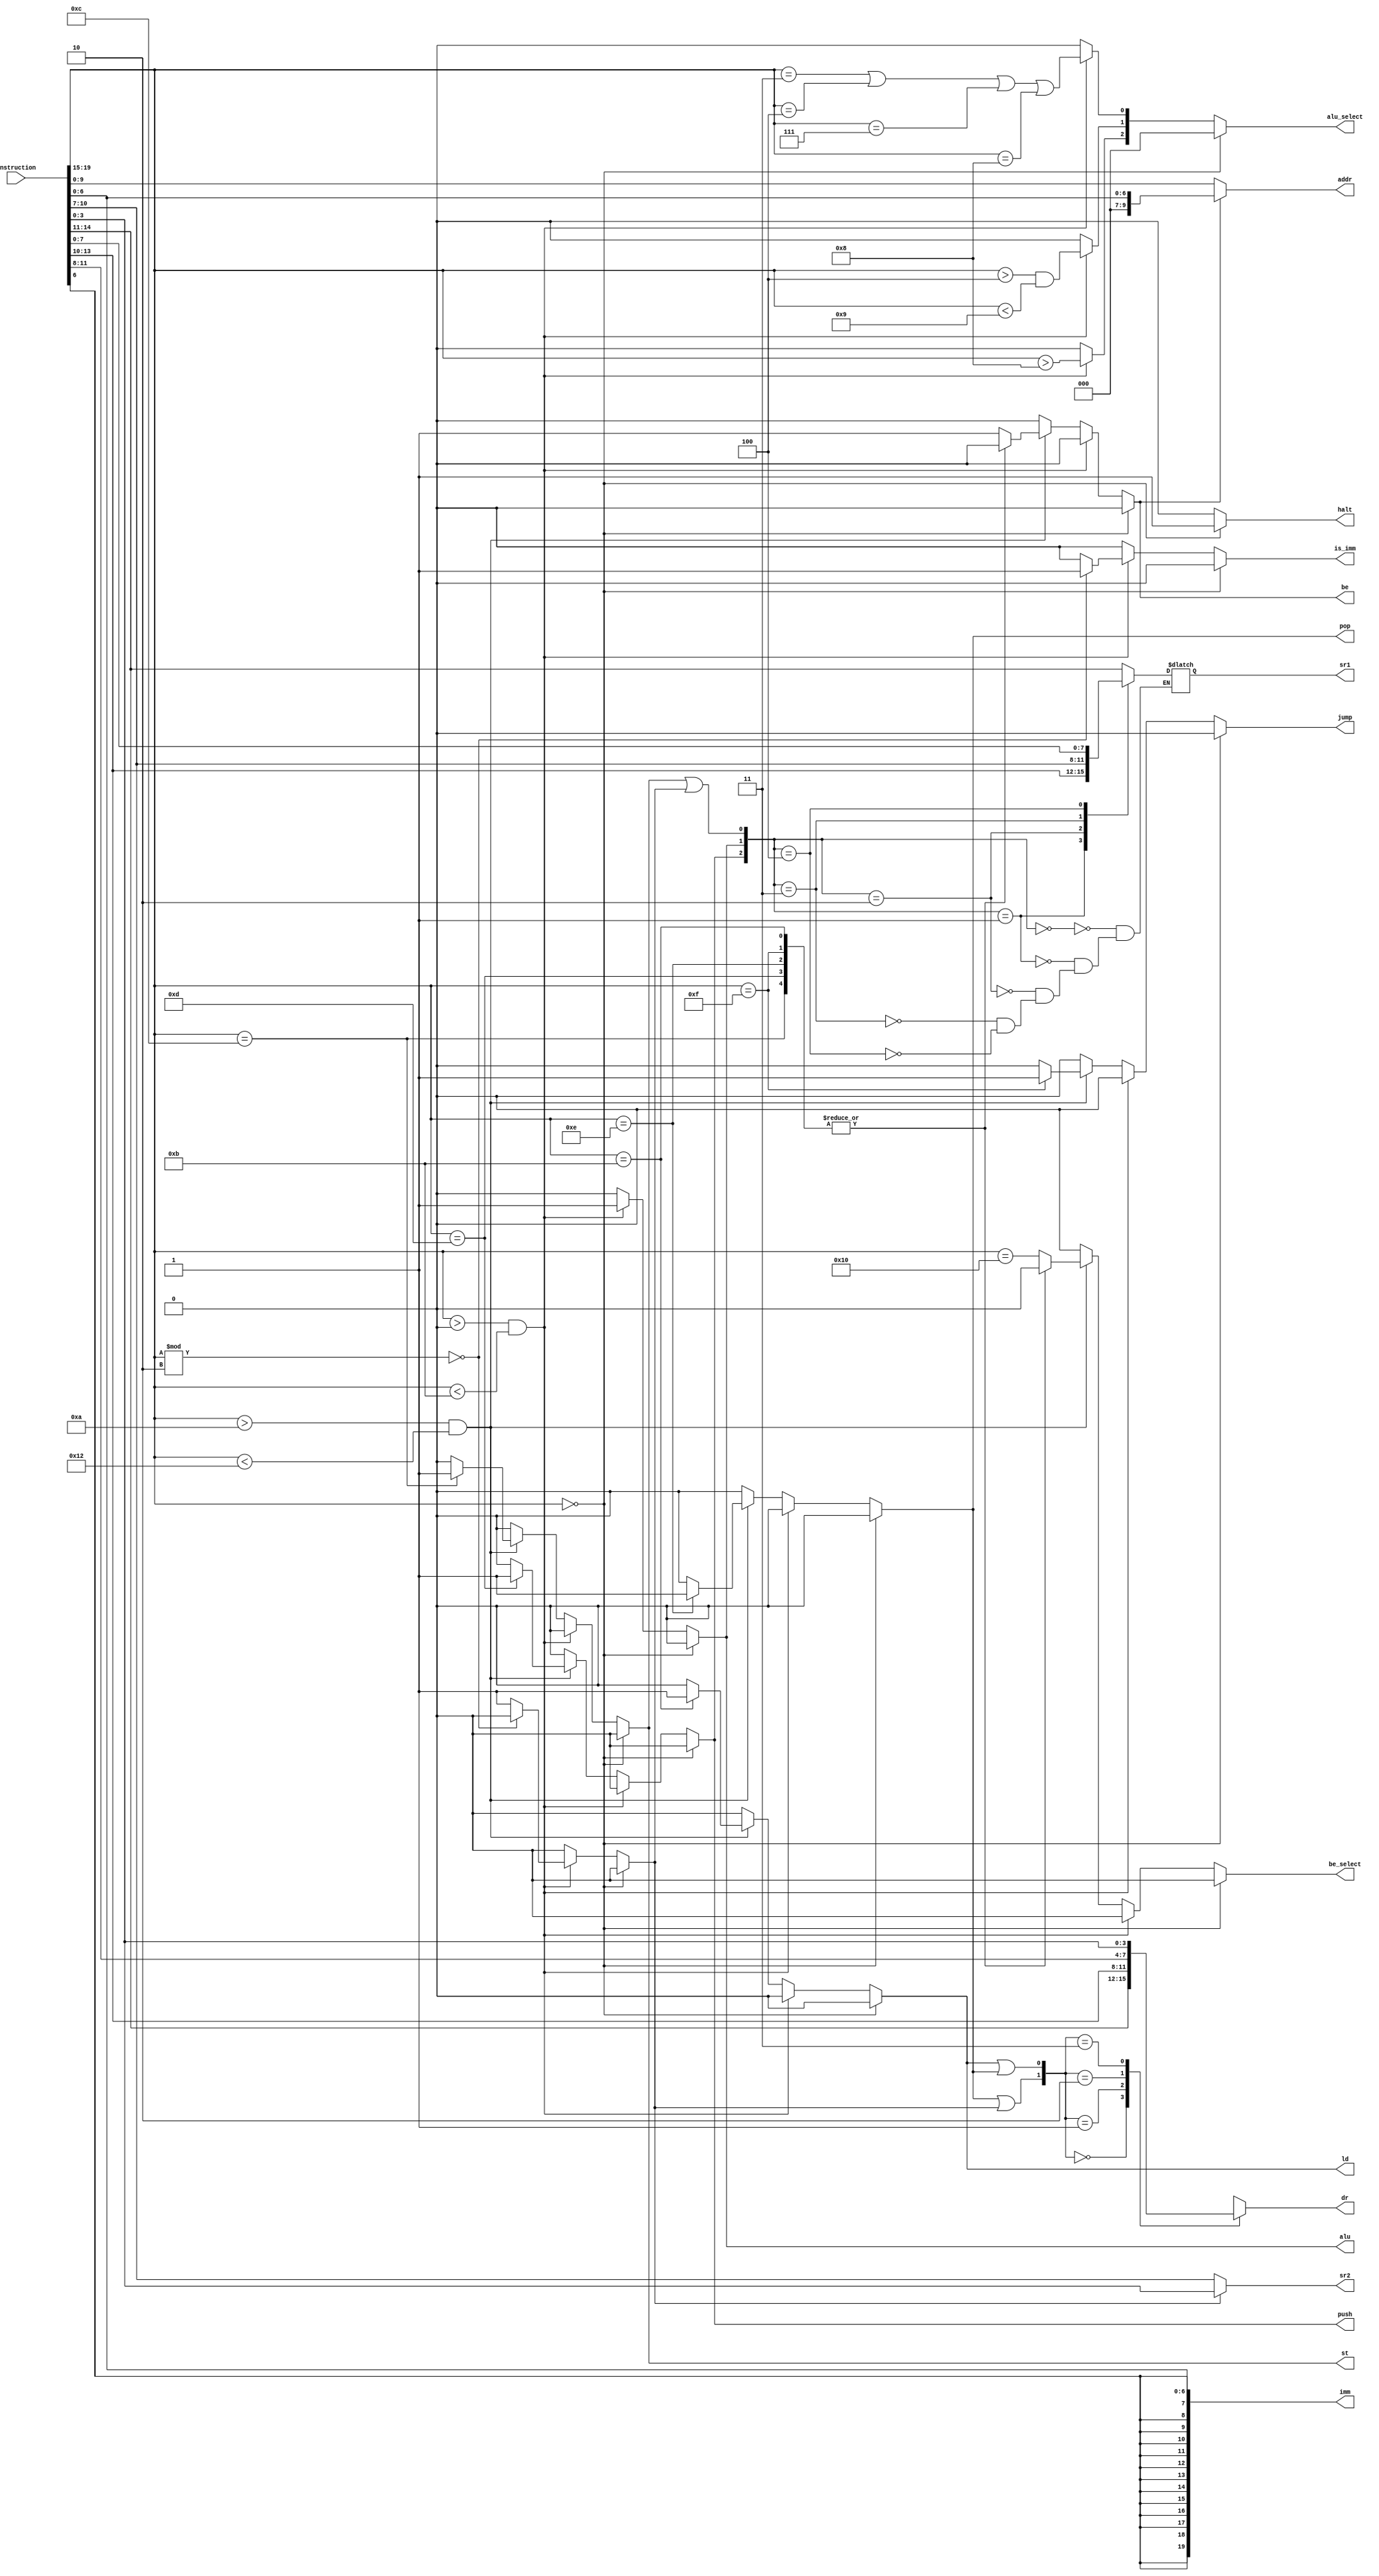
module instruction_decoder(
    input [19:0] instruction,
    output reg [2:0] alu_select,
    output reg alu, is_imm, ld, st, push, pop, jump, be, be_select, halt,
    output reg [3:0] dr, sr1, sr2,
    output reg [19:0] imm,
    output reg [9:0] addr);

    wire [4:0] opcode = instruction[19-:5];
    wire [9:0] zero_nine = instruction[0+:10];
    wire [6:0] zero_six = instruction[0+:7];

    wire [3:0] zero_three = instruction[0+:4];
    wire [3:0] four_seven = instruction[4+:4];
    wire [3:0] seven_ten = instruction[7+:4];
    wire [3:0] eight_eleven = instruction[8+:4];
    wire [3:0] ten_thirteen = instruction[10+:4];
    wire [3:0] eleven_fourteen = instruction[11+:4];

    reg alu_not_imm;

    reg [1:0] dr_select;
    reg [2:0] sr1_select;

    always @(instruction) begin
        alu_select = 3'd0;
        alu = 0;
        alu_not_imm = 0;
        is_imm = 0;
        ld = 0;
        st = 0;
        push = 0;
        pop = 0;
        jump = 0;
        be = 0;
        be_select = 0;
        halt = 0;

        if(opcode == 0) begin
            halt = 1;
        end else if (opcode > 0 && opcode < 11) begin
            alu = 1;

            if(opcode % 2 == 0)
                is_imm = 1;
            else
                alu_not_imm = 1;

            alu_select[2] = opcode > 8;
            alu_select[1] = (opcode > 4 && opcode < 9);
            alu_select[0] = (opcode == 3 || opcode == 4 || opcode == 7 || opcode == 8);
        end else if (opcode > 10 && opcode < 18) begin
            case(opcode)
                5'd11 : ld = 1;
                5'd12 : st = 1;
                5'd13 : push = 1;
                5'd14 : pop = 1;
                5'd15 : jump = 1;
                default : begin
                    be = 1;
                    be_select = opcode == 5'd16;
                end
            endcase
        end

        dr_select[0] = ld | pop;
        dr_select[1] = pop | alu_not_imm;

        sr1_select[0] = st | alu_not_imm;
        sr1_select[1] = alu;
        sr1_select[2] = push;

        case(dr_select)
            2'd0 : dr = eleven_fourteen;
            2'd1 : dr = ten_thirteen;
            2'd2 : dr = eight_eleven;
            2'd3 : dr = zero_three;
        endcase

        case(sr1_select)
            3'd0 : sr1 = eleven_fourteen;
            3'd1 : sr1 = ten_thirteen;
            3'd2 : sr1 = seven_ten;
            3'd3 : sr1 = four_seven;
            3'd4 : sr1 = zero_three;
        endcase

        if(alu_not_imm)
            sr2 = zero_three;
        else
            sr2 = seven_ten;

        if(be)
            addr = {3'b000, zero_six};
        else
            addr = zero_nine;

        imm = {{13{zero_six[6]}}, zero_six};
    end
endmodule